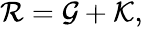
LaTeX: \begin{array}{r}{\mathcal{R}=\mathcal{G}+\mathcal{K},}\end{array}